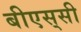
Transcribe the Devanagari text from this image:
बीएस्‌सी